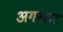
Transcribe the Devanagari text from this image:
अगस्तर